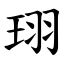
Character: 珝